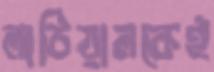
লাঠিয়ালকেই